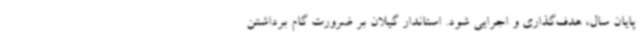
پایان سال، هدف‌گذاری و اجرایی شود. استاندار گیلان بر ضرورت گام برداشتن